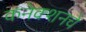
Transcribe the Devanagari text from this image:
कनेक्शनचे